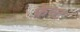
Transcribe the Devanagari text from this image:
फ़ेन्ट